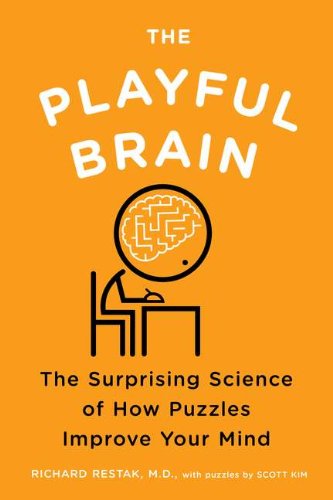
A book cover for The Playful Brain: The Surprising Science of How Puzzles Improve Your Mind; Richard Restak; Self-Help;